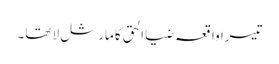
تیسرا واقعہ ضیا الحق کا مارشل لا تھا۔